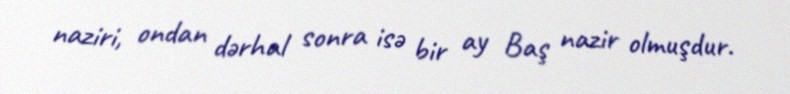
naziri, ondan dərhal sonra isə bir ay Baş nazir olmuşdur.